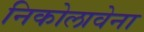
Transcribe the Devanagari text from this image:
निकोलावेना